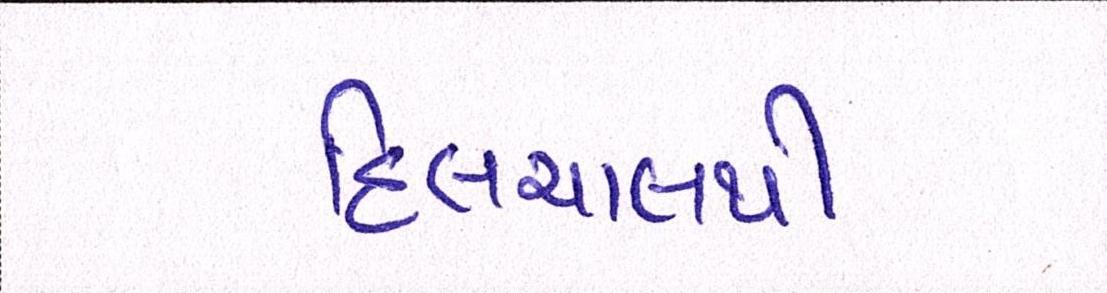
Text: હિલચાલથી